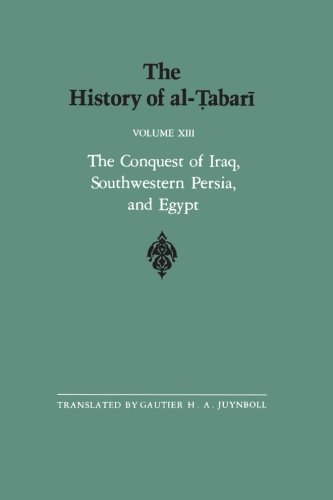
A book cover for The History of al-Tabari Vol. 13: The Conquest of Iraq, Southwestern Persia, and Egypt: The Middle Years of 'Umar's Caliphate A.D. 636-642/A.H. 15-21 (SUNY series in Near Eastern Studies); History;